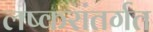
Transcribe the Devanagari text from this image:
लष्करांतर्गत